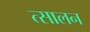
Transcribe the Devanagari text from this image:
त्सालन